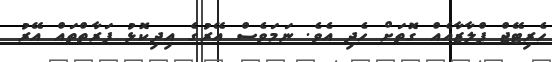
ހެރިޓޭޖް ޕްލާޒާއެއް ގޮތަށް ހެދި އެވެ. ނަމަވެސް އޭރުގެ އިދިކޮޅު ފަރާތްތައް އޭރު